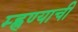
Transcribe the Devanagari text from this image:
म्ह्णण्याची